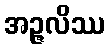
အဉ္ဇလိဿ